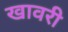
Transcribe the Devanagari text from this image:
खावरी